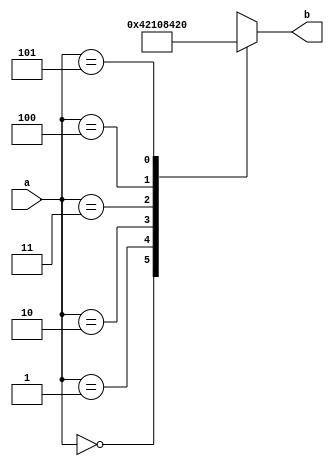
module poved_decoder_3_6 (a,b);
 input [2:0] a;
 output reg [5:0] b;

always @*
  case (a)
    0 : b = 1;
    1 : b = 2;
    2 : b = 4;
    3 : b = 8;
    4 : b = 16;
    5 : b = 32;
    default b = 'bx;
  endcase
endmodule